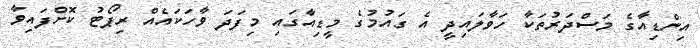
އިންޑިއާގެ މަސްދަރުތަކާ ހަވާލައިދީ އެ ގައުމުގެ މީޑިއާގައި މިފަދަ ވާހަކައެއް ރިޕޯޓު ކޮށްފައިވާ